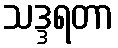
သဒ္ဒရတာ